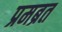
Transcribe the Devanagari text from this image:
प्रमब्रत